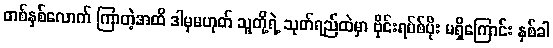
တစ်နှစ်လောက် ကြာတဲ့အထိ ဒါမှမဟုတ် သူတို့ရဲ့ သုတ်ရည်ထဲမှာ ဗိုင်းရပ်စ်ပိုး မရှိကြောင်း နှစ်ခါ